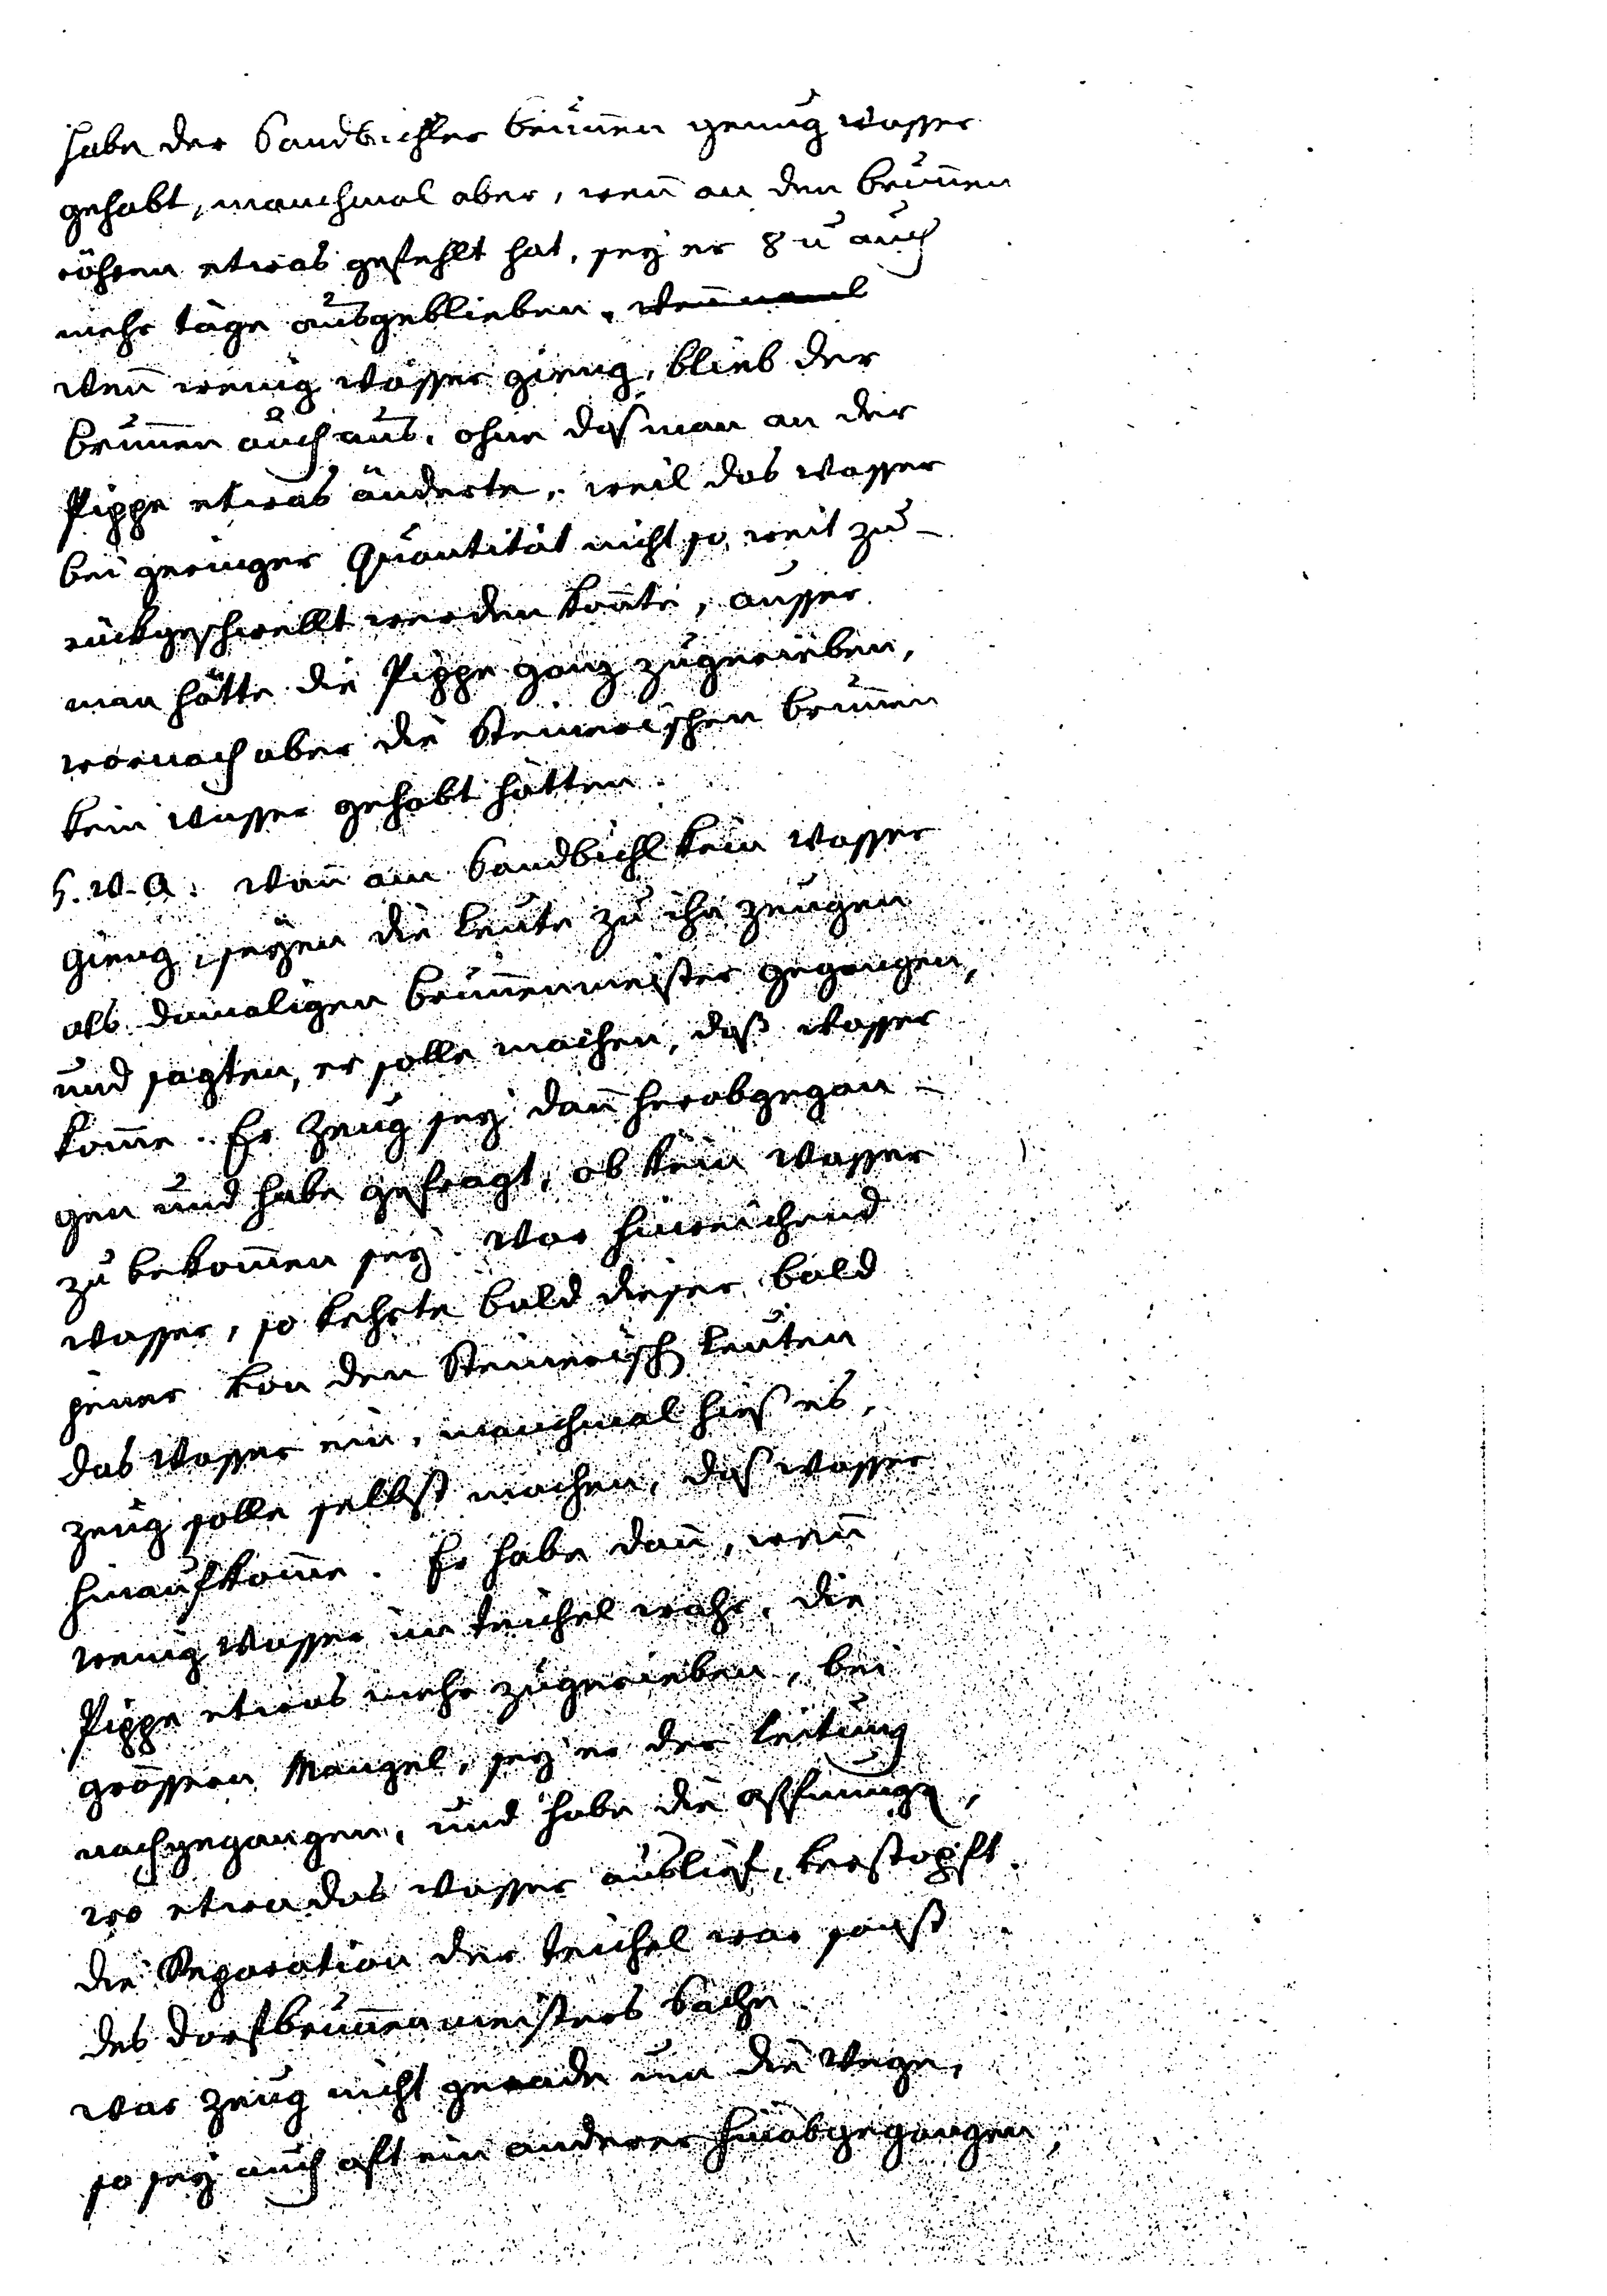
habe der Sandbichler Brunnen genug Wasser
gehabt, manchmal aber, wenn an den Brunnen¬
röhren etwas gefehlt hat, sey er 8 u auch
mehr Tage ausgeblieben. wenn xxx
Wenn wenig Wasser gieng, blieb der
Brunnen auch aus, ohne daß mann an der
Pippe etwas änderte, weil das Wasser
bei geringer Quantität nicht so weit zu¬
rückgeschwellt werden konnte, ausser
man hätte die Pippe ganz zugerieben,
wornach aber die Steinerischen Brunnen
kein Wasser gehabt hätten.
5. w. a. Wann am Sandbichl kein Wasser
gieng, seyen die Leute zu ihr Zeugen
als damaligen Brunnenmeister gegangen,
und sagten, er solle machen, daß Wasser
komme. Er Zeug sey dann herabgegan¬
gen und habe gefragt, ob kein Wasser
zu bekommen sey. War hinreichend
Wasser, so kehrte bald dieser bald
jener von den Steinerisch Leuten
das Wasser ein, manchmal hieß es,
Zeug solle selbst machen, daß Wasser
hinaufkomme. Er habe dann, wenn
wenig Wasser im Teichel wahr, die
Pippe etwas mehr zugerieben, bei
grössern Mangel, sey er der Leitung
nachgegangen, und habe die offnung,
wo etwa das Wasser ausließ, verstopft.
Die Reparation der Teichel war sonst
des Dorfbrunnenmeisters Sache.
War Zeug nicht gerade um die Wege,
so sey auch oft ein anderer hinabgegangen,